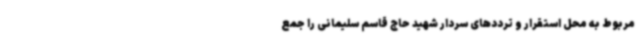
مربوط به محل استقرار و ترددهای سردار شهید حاج قاسم سلیمانی را جمع